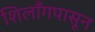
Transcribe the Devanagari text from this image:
शिलाँगपासून